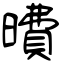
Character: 曊